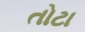
તોટા